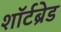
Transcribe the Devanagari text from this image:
शॉर्टब्रेड